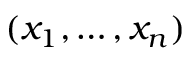
( x _ { 1 } , \dots , x _ { n } )